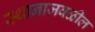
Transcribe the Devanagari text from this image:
स्थानाजवळील